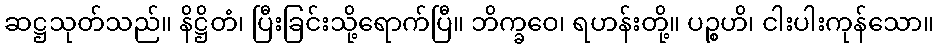
ဆဋ္ဌသုတ်သည်။ နိဋ္ဌိတံ၊ ပြီးခြင်းသို့ရောက်ပြီ။ ဘိက္ခဝေ၊ ရဟန်းတို့။ ပဉ္စဟိ၊ ငါးပါးကုန်သော။